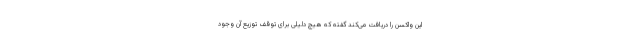
این واکسن را دریافت می‌کند گفته که هیچ دلیلی برای توقف توزیع آن وجود